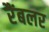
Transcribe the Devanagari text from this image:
रैंबलर